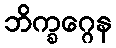
ဘိက္ခဂ္ဂေန